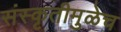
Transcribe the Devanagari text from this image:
संस्कृतीमुळेच